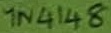
Text: 1N4148